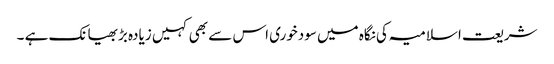
شریعت اسلامیہ کی نگاہ میں سودخوری اس سے بھی کہیں زیادہ بڑبھیانک ہے ۔